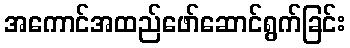
အကောင်အထည်ဖော်ဆောင်ရွက်ခြင်း